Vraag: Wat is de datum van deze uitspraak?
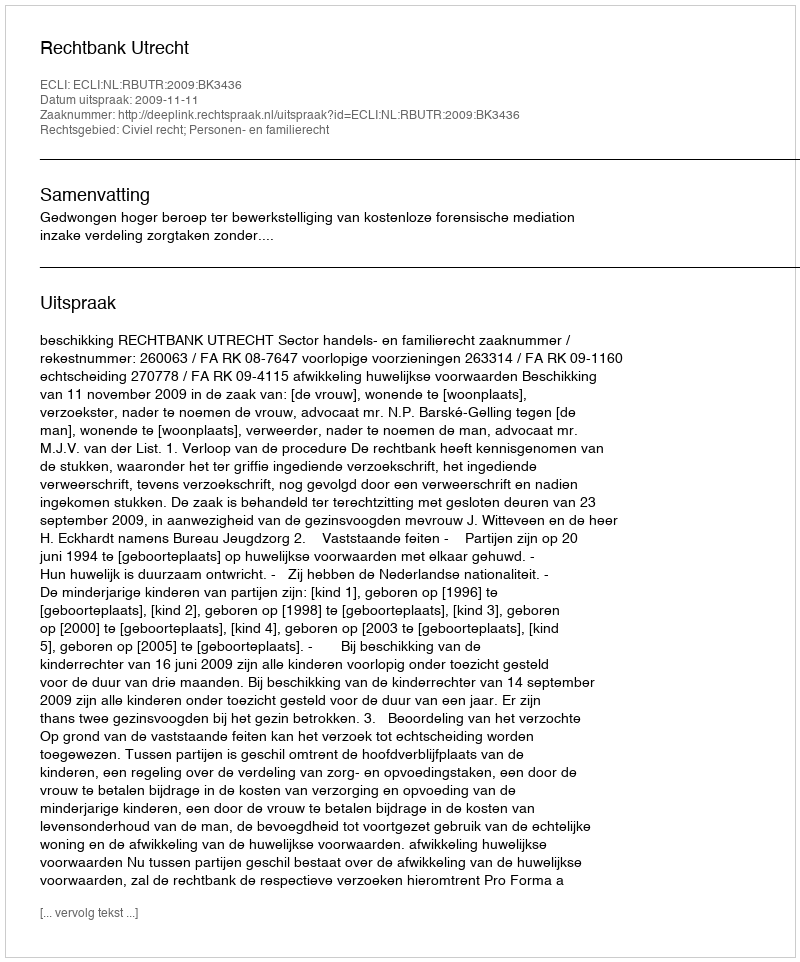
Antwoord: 2009-11-11